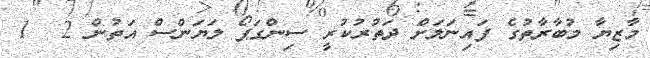
މާޒިޔާ މުބާރާތުގެ ފައިނަލަށް ދަތުރުކުރީ ސިންގަޕޯ ލަޔަންސް އަތުން 2  1